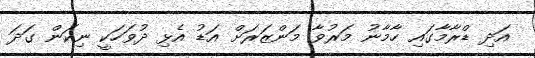
އަދި ޑްރާމާގައި ހާމާނު މަރުވާ މަންޒަރަށް އަޑު އެޅި ދުވަހަކީ ނިކަން ގަދަ